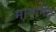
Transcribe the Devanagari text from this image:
मायानंद